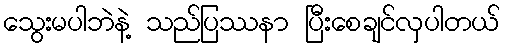
သွေးမပါဘဲနဲ့ သည်ပြဿနာ ပြီးစေချင်လှပါတယ်